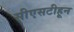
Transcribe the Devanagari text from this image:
सीएसटीहून